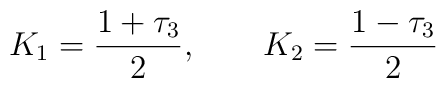
K_1= \frac{1+\tau_3}{2},~~~~~~K_2=\frac{1-\tau_3}{2}